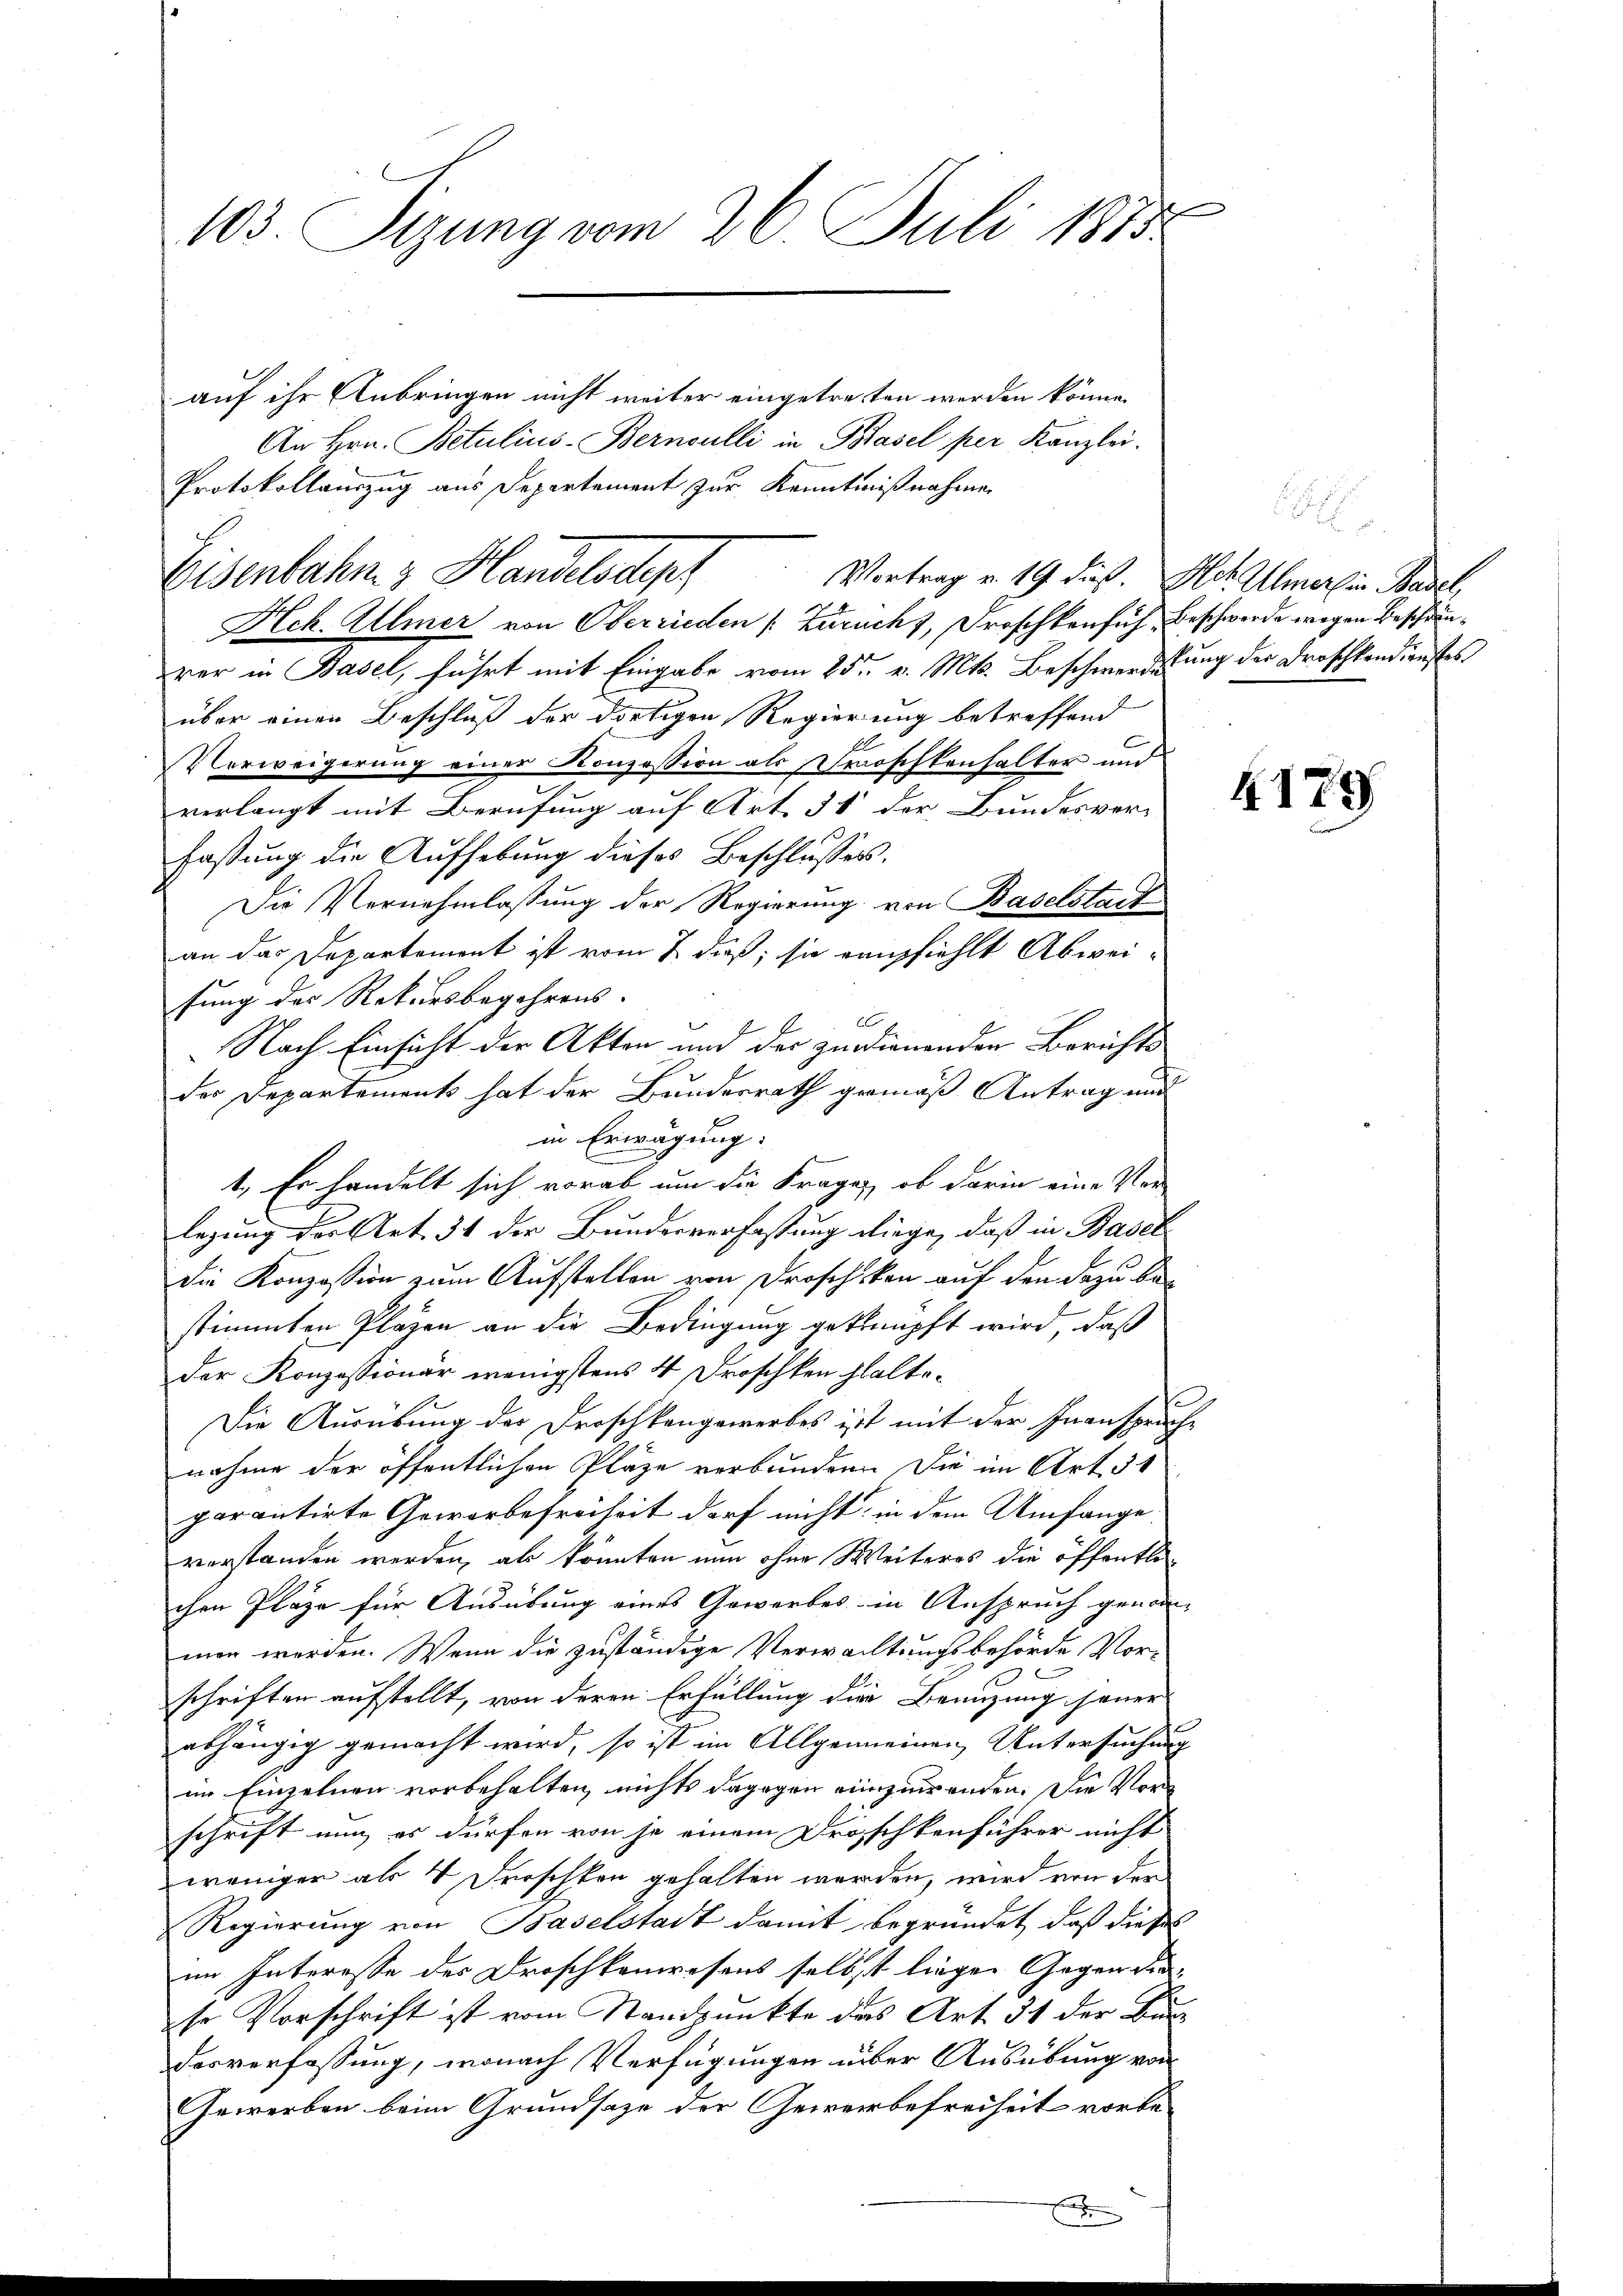
103. Sitzung vom 26. Juli 1875

auf ihr Anbringen nicht weiter eingetreten werden könne.
An Hrn. Betulius-Bernoulli in Basel per Kanzlei.
Protokollauszug aus Departement zur Kenntnißnahmen
Hch. Ulmer von Oberrieden [Zurucht, Froschkansuch, Beschwerde wegen Beschränrer in Basel, führt mit Eingabe vom 25t v. Mts. Beschwerdestung der Droschkandienstes
über einen Beschluß der dortigen Regierung betreffend
Verweigerung einer Konzession als Troschkenhalter und
verlangt mit Berufung auf Art. 38 der Bundesver-
fastung die Aufhebung dieses Beschlussess.
Die Vernehmlassung der Regierung von Baselstadt
an das Departement ist vom 2 dieß, sie empfiehlt Abweisung des Rekursbegehrens.
Nach Einsicht der Akten und der zudienenden Berichts
des Departement hat der Bundesrath gemäß Antrag und
in Erwägung:
1., Es handelt sich vorab um die Frage, ob darin eine Ver-
legung der Art. 34 der Bundesverfassung diege, daß in Basel
Die Konzession zum Aufstellen von Droschiken auf den dazu bestimmten Plagen an die Bedingung geknüpft wird, daß
der Konzessionär wenigstens 4 Froschken halte¬
Die Ausübung der Droschkangswerbes ist mit der Inanspruche
nahme der öffentlichen Plaze verbundene Sie im Art. 51
parantirte Geworbefreiheit darf nicht in dem Umfange
vorstanden werden, als könnten nun ohne Weiteres die öffentlichen Plaze für Ausübung eines Gewerbes in Anspruch genom-
men werden. Wenn die zuständige Verwachtungsbehörde Vor-
schriften aufstellt, von deren Erfüllung die Benuzung jener
abhängig gemacht wird, so ist im Allgemeinen Untersuchung
im Einzelnen vorbehalten, nichts dagegen einzuwenden. Die Vorschrift nun es dürfen von je einem Droschkenführer nicht
weniger als 4 Froschken gehalten werden, wird von der
Regierung von Baselstadt damit begründet, daß dieses
im Interesse des Droschkenwesens selbst liegen Gegen die¬
Er Vorschrift ist vom Standpunkte des Art. 31 der Bürdesverfassung, wonach Verfügungen über Ausübung von
Gewerben beim Grundsaze der Gewerbefreiheit vorbe¬

Eisenbahn z Handelsdepr

.
Vortrag v. 19. dieß. Hch. Ulmers in Basel,

4179